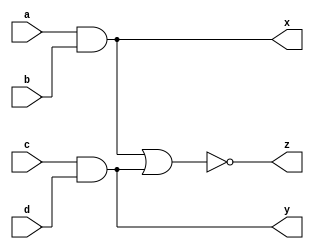
`timescale 1ns / 1ps

/*
Company: Sogang University
Engineer: G_EEE3
Create Date: 2021/09/30 15:41:16
Module Name: four_input_aoi_gate
*/

module four_input_aoi_gate(
    input a, b, c, d,
    output x, y, z
);

assign x = a & b;
assign y = c & d;
assign z = ~(x | y);

endmodule